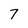
Character: 7